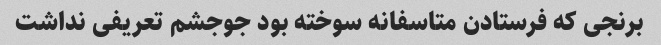
برنجی که فرستادن متاسفانه سوخته بود جوجشم تعریفی نداشت